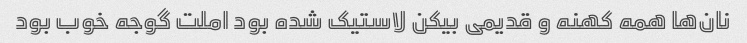
نان‌ها همه کهنه و قدیمی بیکن لاستیک شده بود املت گوجه خوب بود